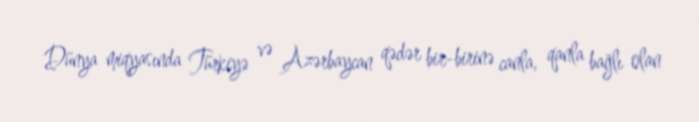
Dünya miqyasında Türkiyə və Azərbaycan qədər bir-birinə canla, qanla bağlı olan